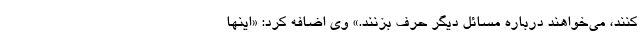
کنند، می‌خواهند درباره مسائل دیگر حرف بزنند.» وی اضافه کرد: «اینها